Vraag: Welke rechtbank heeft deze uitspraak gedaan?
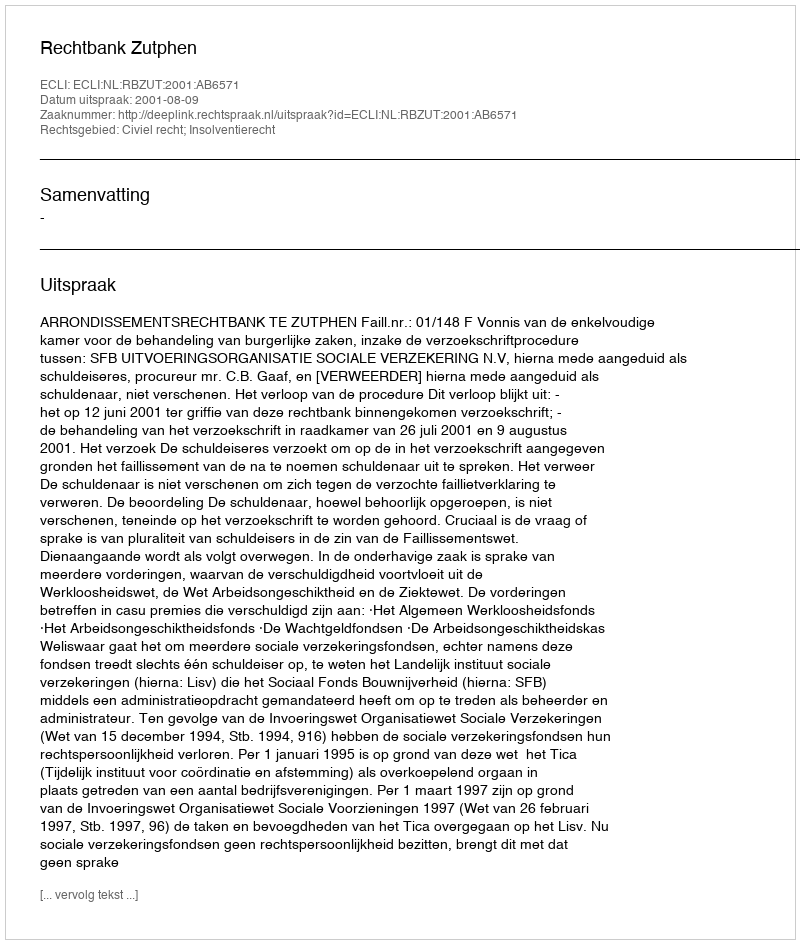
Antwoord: Rechtbank Zutphen